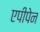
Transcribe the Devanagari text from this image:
एपीपेन